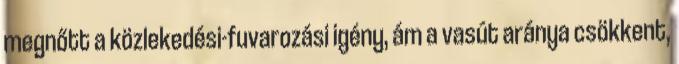
megnőtt a közlekedési-fuvarozási igény, ám a vasút aránya csökkent,